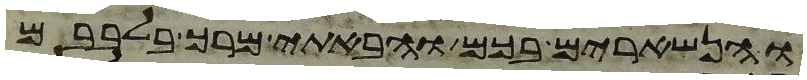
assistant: והנשארים בכם והבאתי מרך בלבבם